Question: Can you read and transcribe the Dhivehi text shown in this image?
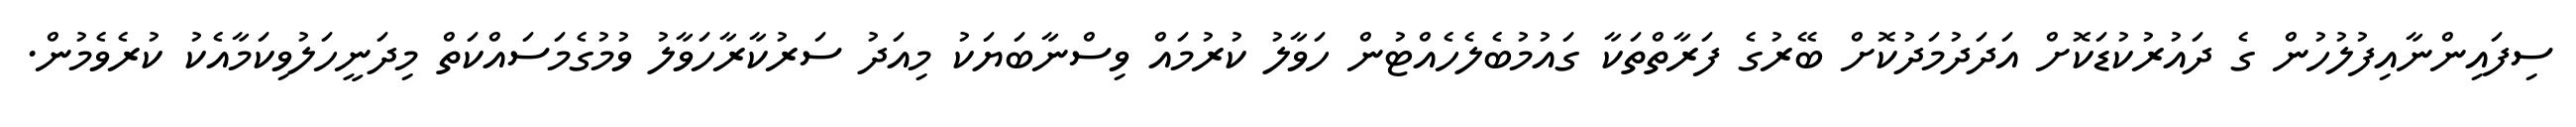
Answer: ސިފައިންނާއިފުލުހުން ގެ ދައުރުކުޑަކޮށް އަދަދުމަދުކޮށް ބޭރުގެ ފަރާތްތަކާ ގައުމުބެލެހެއްޓުން ހަވާލު ކުރުމައް ވިސްނާބަޔަކު މިއަދު ސަރުކާރާހަވާލު ވުމުގެމަސައްކަތް މިދަނީހަލުވިކަމާއެކު ކުރެވެމުން.